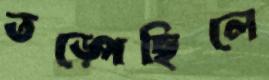
তড়্‌পেছিলে